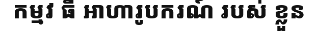
កម្មវ ធី អាហារូបករណ៍ របស់ ខ្លួន